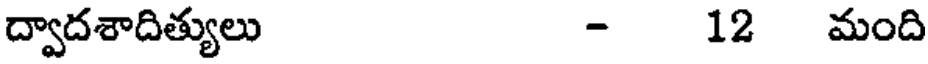
ద్వాదశాదిత్యులు - 12 మంది